Civil Veterinary Department. Central Provinces & Berar 1932-41 - 1932-1941
Year: 1932
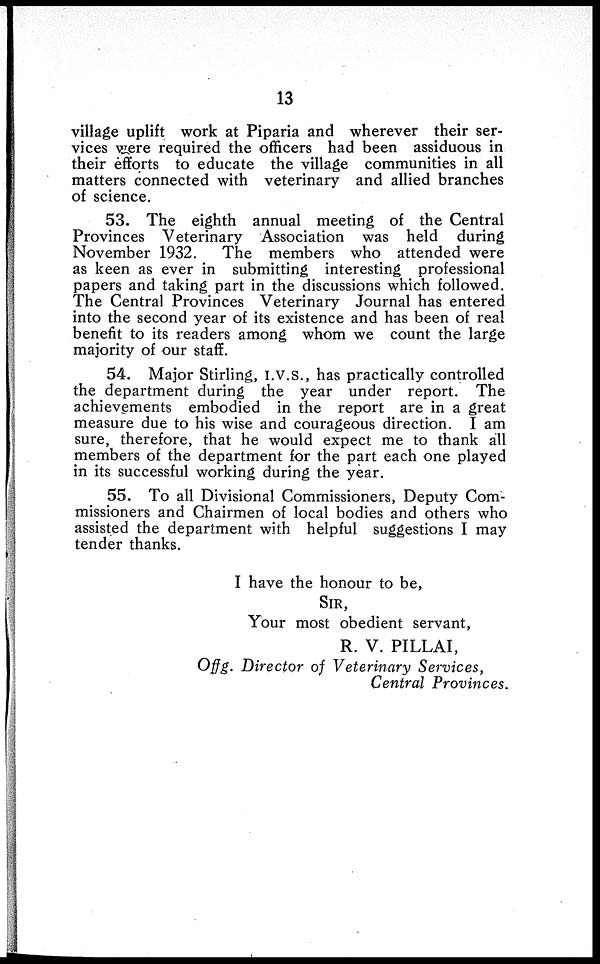
13
village uplift work at Piparia and wherever their ser-
vices were required the officers had been assiduous in
their efforts to educate the village communities in all
matters connected with veterinary and allied branches
of science.
53. The eighth annual meeting of the Central
Provinces Veterinary Association was held during
November 1932. The members who attended were
as keen as ever in submitting interesting professional
papers and taking part in the discussions which followed.
The Central Provinces Veterinary Journal has entered
into the second year of its existence and has been of real
benefit to its readers among whom we count the large
majority of our staff.
54. Major Stirling, I.V.S., has practically controlled
the department during the year under report. The
achievements embodied in the report are in a great
measure due to his wise and courageous direction. I am
sure, therefore, that he would expect me to thank all
members of the department for the part each one played
in its successful working during the year.
55. To all Divisional Commissioners, Deputy Com-
missioners and Chairmen of local bodies and others who
assisted the department with helpful suggestions I may
tender thanks.
I have the honour to be,
SIR,
Your most obedient servant,
R. V. PILLAI,
Offg. Director of Veterinary Services,
Central Provinces.